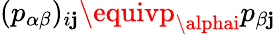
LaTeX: (p_{\alpha\beta})_{i\mathbf{j}}\equivp_{\alphai}p_{\beta\mathbf{j}}